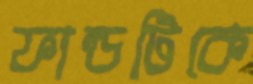
ফান্ডটিকে